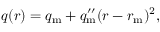
q ( r ) = q _ { \mathrm { m } } + q _ { \mathrm { m } } ^ { \prime \prime } ( r - r _ { \mathrm { m } } ) ^ { 2 } ,